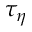
\tau _ { \eta }